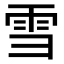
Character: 雪